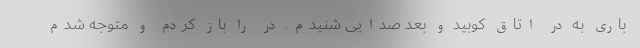
باری به در اتاق کوبید و بعد صدایی شنیدم. در را باز کردم و متوجه شدم